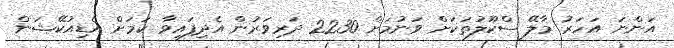
އަންނަ އަހަރު މާލޭ ސްކޫލުތަކަށް ވަނުމަށް 2230 ދަރިވަރުން އެދިފައިވާ ކަމަށް އެޑިއުކޭޝަން